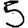
Digit: 5